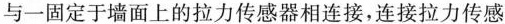
与一固定于墙面上的拉力传感器相连接，连接拉力传感